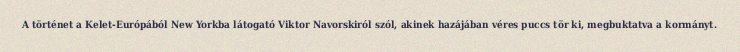
A történet a Kelet-Európából New Yorkba látogató Viktor Navorskiról szól, akinek hazájában véres puccs tör ki, megbuktatva a kormányt.